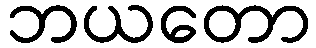
ဘယတော